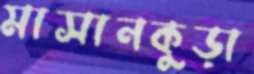
মাসানকুড়া